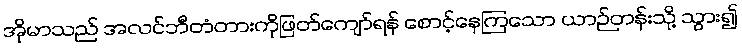
အိုမာသည် အလင်ဘီတံတားကိုဖြတ်ကျော်ရန် စောင့်နေကြသော ယာဉ်တန်းသို့ သွား၍